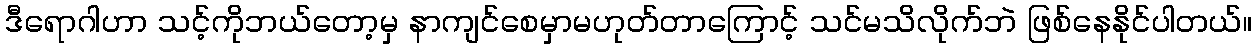
ဒီရောဂါဟာ သင့်ကိုဘယ်တော့မှ နာကျင်စေမှာမဟုတ်တာကြောင့် သင်မသိလိုက်ဘဲ ဖြစ်နေနိုင်ပါတယ်။